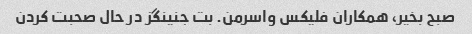
صبح بخیر، همکاران فلیکس واسرمن. بت جنینگز در حال صحبت کردن